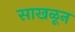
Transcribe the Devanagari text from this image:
साखळून